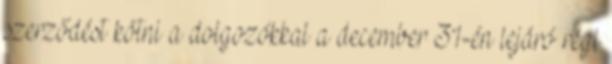
szerződést kötni a dolgozókkal a december 31-én lejáró régi